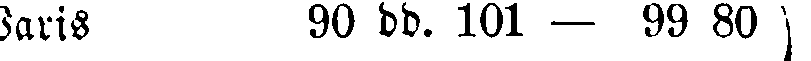
Paris 90 dd. 101 — 99 80 )